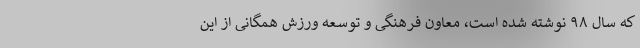
که سال ۹۸ نوشته شده است، معاون فرهنگی و توسعه ورزش همگانی از این